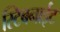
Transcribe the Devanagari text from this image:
स्टिबनाईट